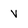
Character: v